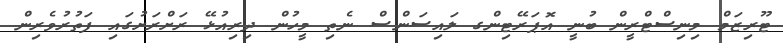
ޓޫރިޒަމް މިނިސްޓްރީން ބުނީ އޮޕަރޭޓިންގ ލައިސަންސް ނެތި މީހުން ދިރިއުޅޭ ރަށްރަށުގައި ފަތުރުވެރިން